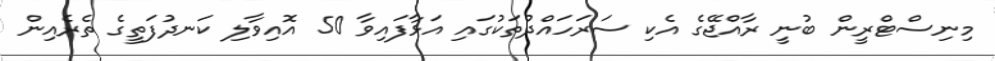
މިނިސްޓްރީން ބުނީ ރާއްޖޭގެ އެކި ސަރަހައްދުތަކުގައި އަޅާފައިވާ 50 އޮއިވާލި ކަނދުފަތީގެ ތެރެއިން